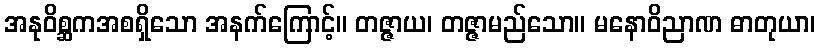
အနုဝိစ္ဆကအစရှိသော အနက်ကြောင့်။ တဇ္ဇာယ၊ တဇ္ဇာမည်သော။ မနောဝိညာဏ ဓာတုယာ၊